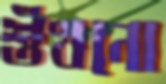
শুঁখনো